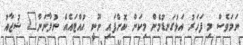
ނަމަވެސް މި ފަހަރު އަޅުގަނޑުމެން މިކަން ކޮށްފައި ނޫނީ ހުއްޓައެއް ނުލާނަން" ޝުޖާއު